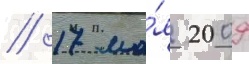
// 17 ма́я 2009